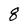
Character: g